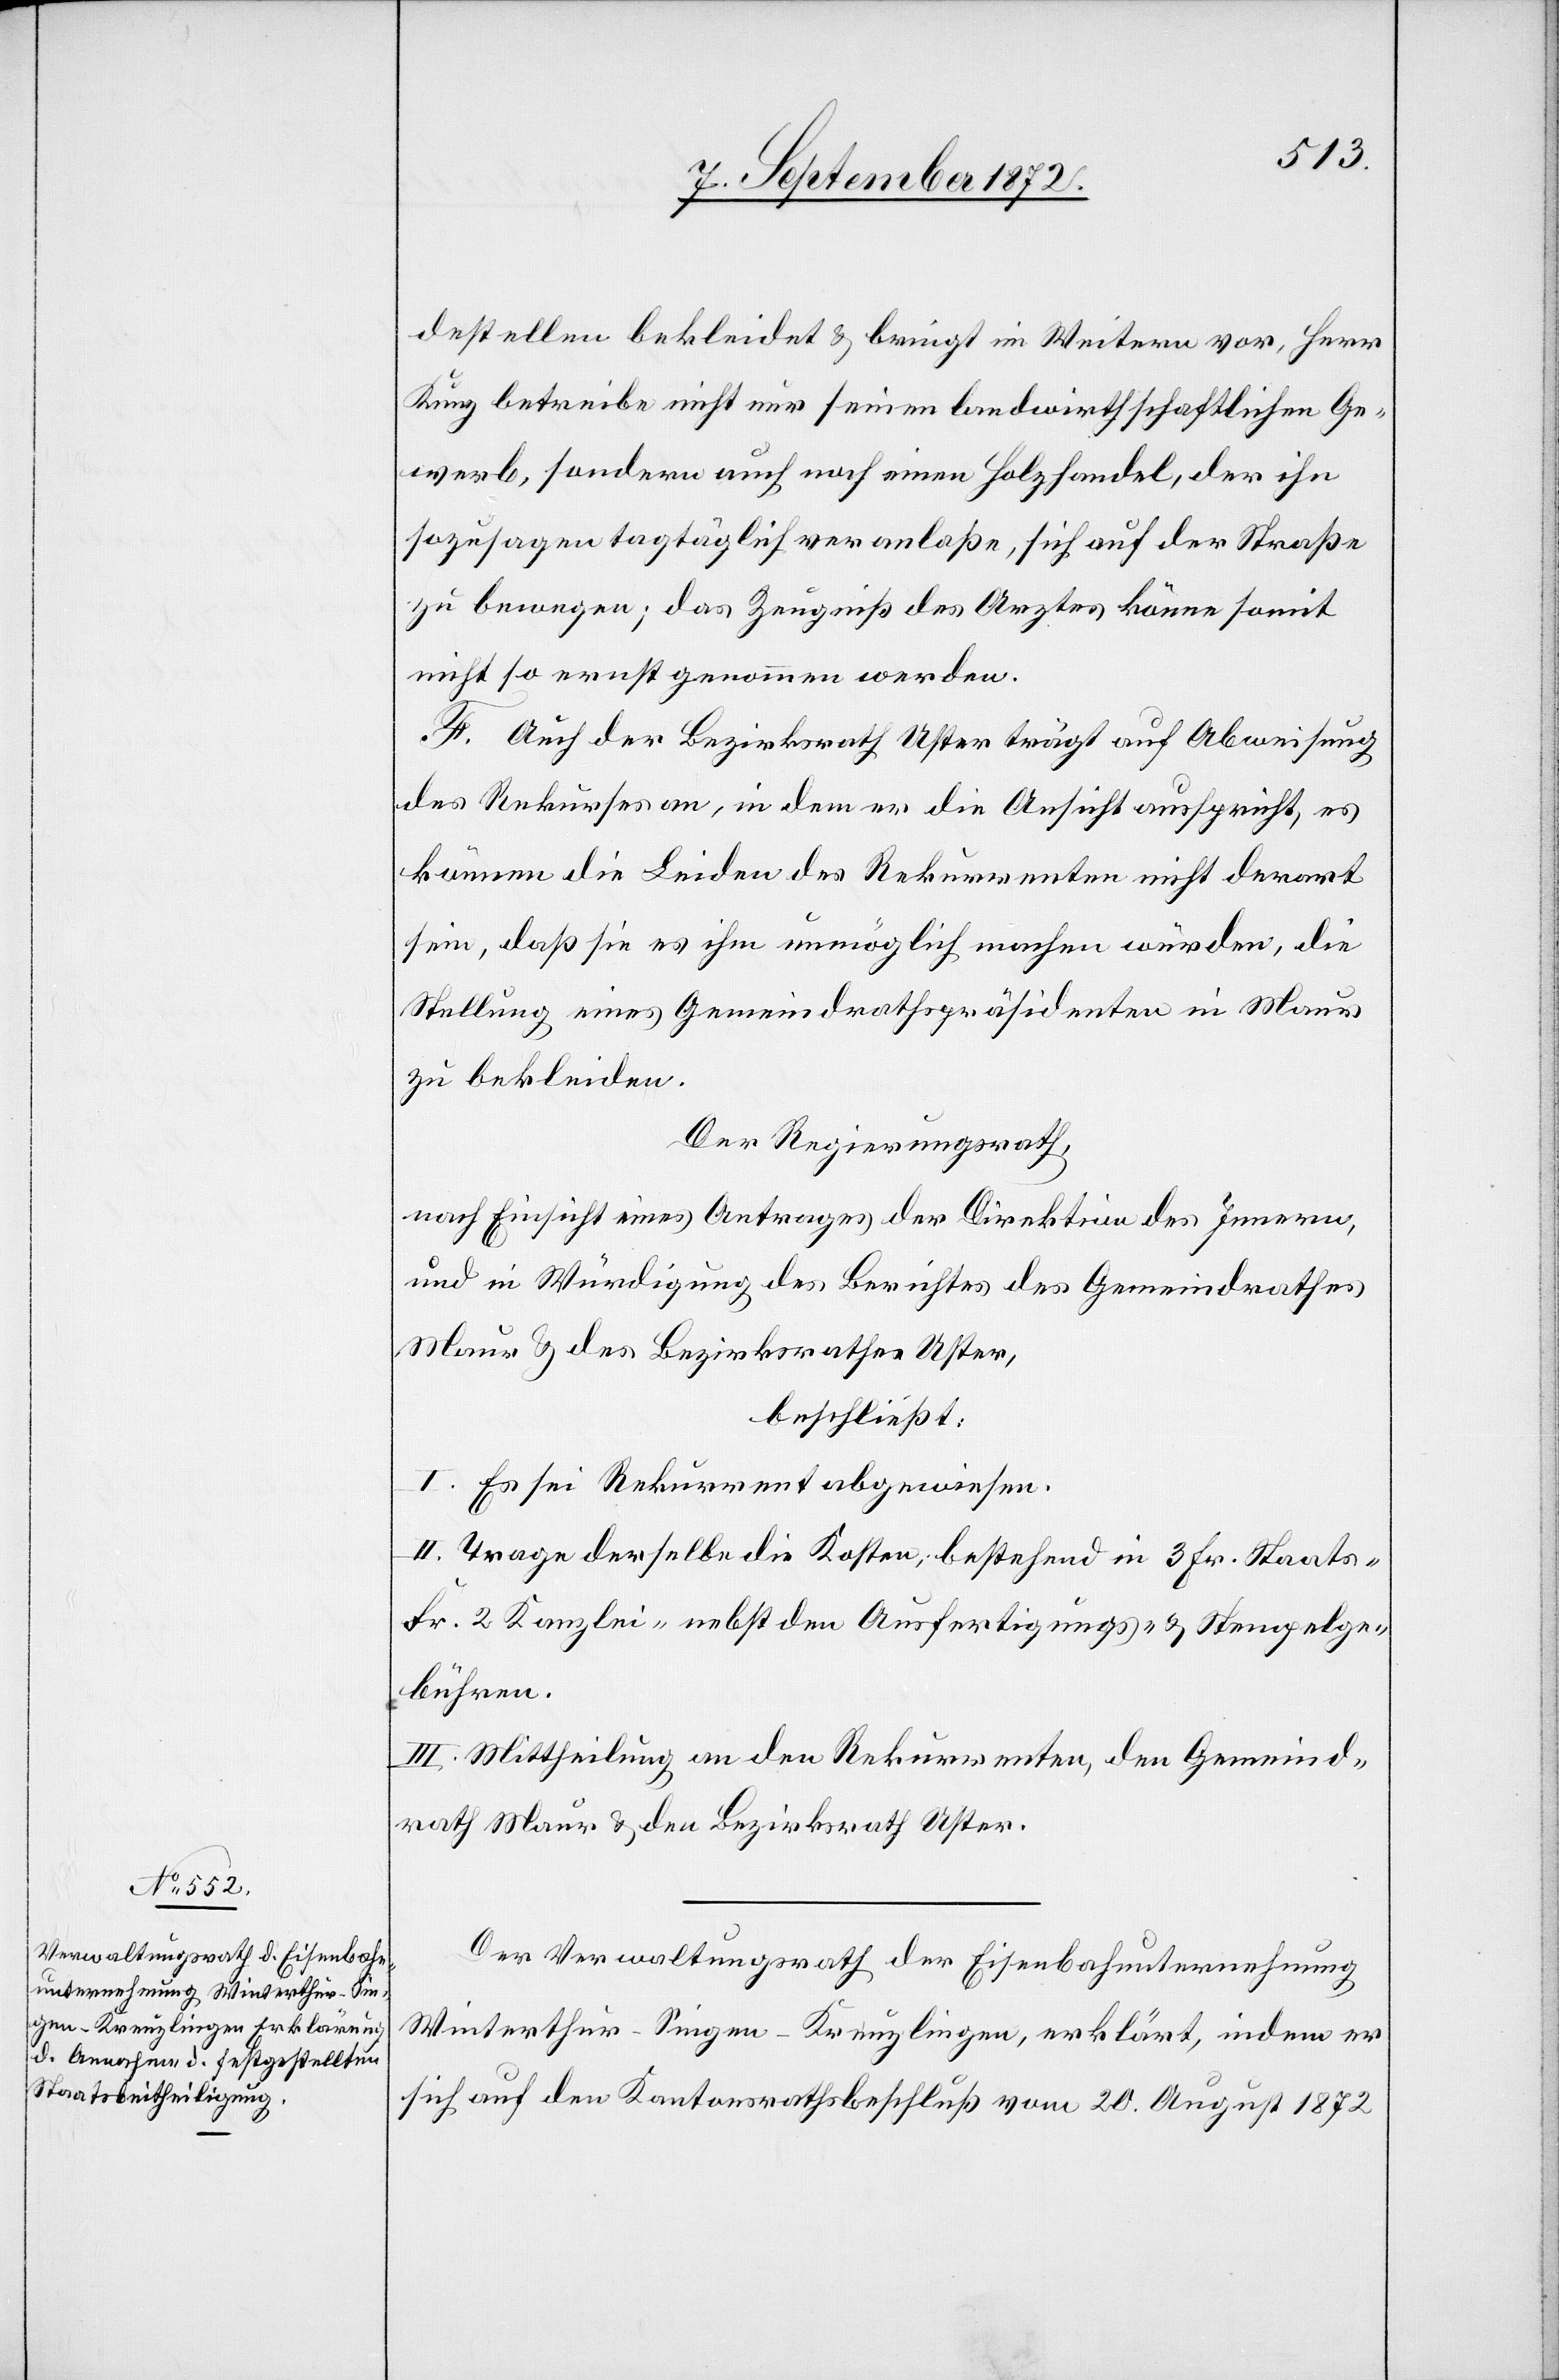
destellen bekleidet u. bringt im Weitern vor, Herr
Kunz betreibe nicht nur seinen landwirthschaftlichen Ge¬
werb, sondern auch noch einen Holzhandel, der ihn
sozusagen tagtäglich veranlaße, sich auf der Straße
zu bewegen; das Zeugniß des Arztes könne somit
nicht so ernst genommen werden.
F. Auch der Bezirksrath Uster trägt auf Abweisung
des Rekurses an, indem er die Ansicht ausspricht, es
können die Leiden des Rekurrenten nicht derart
sein, daß sie es ihm unmöglich machen würde, die
Stellung eines Gemeindrathspräsidenten in Maur
zu bekleiden.
Der Regierungsrath,
nach Einsicht eines Antrages der Direktion des Innern,
und in Würdigung des Berichtes des Gemeindrathes
Maur u. des Bezirksrathes Uster,
beschließt:
I. Es sei Rekurrent abgewiesen.
II. Trage derselbe die Kosten, bestehend in 3 Fr. Staats-[,]
Fr. 2 Kanzlei- nebst den Ausfertigungs- u. Stempelge¬
bühren.
III. Mittheilung an den Rekurrenten, den Gemeind¬
rath Maur u. den Bezirksrath Uster.
Der Verwaltungsrath der Eisenbahnunternehmung
Winterthur–Singen–Kreuzlingen, erklärt, indem er
sich auf den Kantonsrathsbeschluß vom 20. August 1872